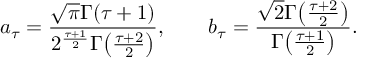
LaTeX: a _ { \tau } = { \frac { \sqrt { \pi } \Gamma ( \tau + 1 ) } { 2 ^ { \frac { \tau + 1 } { 2 } } \Gamma \! \left( { \frac { \tau + 2 } { 2 } } \right) } } , \qquad b _ { \tau } = { \frac { \sqrt { 2 } \Gamma \! \left( { \frac { \tau + 2 } { 2 } } \right) } { \Gamma \! \left( { \frac { \tau + 1 } { 2 } } \right) } } .